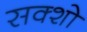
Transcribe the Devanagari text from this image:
सक्शो